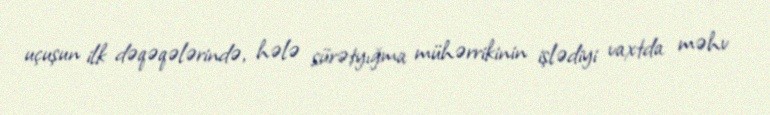
uçuşun ilk dəqəqələrində, hələ sürətyığma mühərrikinin işlədiyi vaxtda məhv